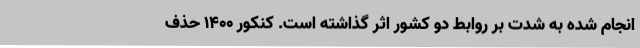
انجام شده به شدت بر روابط دو کشور اثر گذاشته است. کنکور 1400 حذف